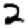
Digit: 2